Inquiry into the circumstances attending an outbreak of cholera in H. M.'s 18th Hussars at Secunderabad in the month of May
Year: 1871
Disease focus: Cholera
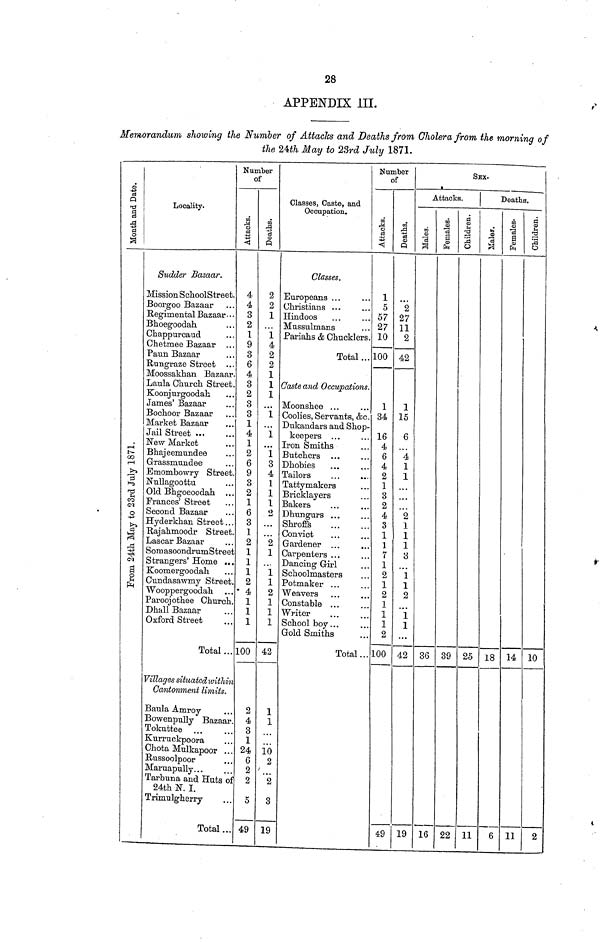
28
APPENDIX III.
Memorandum showing the Number of Attacles and Deaths from Cholera from the morning of
the 24th May to 23rd July 1871.
Month and Date.
Locality.
Sudder Bazaar.
Mission SchoolStreet
Boorgoo Bazaar
Regimental Bazaar
Bhoegoodah
Chappurcaud
Chatmee
Bazaar
Chetmee Bazaar
Paun Bazaar
Rungraze Street
Moossakhan Bazaar.
Laula Church Street.
Koonjurgoodah
James' Bazaar
Bochoor Bazaar
Market Bazaar
Jail Street
New Market
Bhajeemundee
Grassmundee
Emombowry Street.
Nullagoottu
Old Bhgoeoodah
Frances' Street
Second Bazaar
Hyderkhan Street
Rajahmoodr Street.
Lascar Bazaar
SomasoondrumStreet
Strangers' Home
Koomergoodah
Cundasawmy Street.
Wooppergoodah
Paroojothee Church
Dhall Bazaar
Oxford Street
Total
Villages situaiedwithin
Cantonment limits.
Baula Amroy
Bowenpully Bazaar
Tokuttee
Kurruckpoora
Chota Mulkapoor
Russoolpoor
Maruapully
Tarbnna and Huts o
24th N. I.
Trimulgherry
Total
Number
of
Attacks.
4
4
3
2
1
3
6
4
3
2
3
3
1
4
1
2
6
9
3
2
1
6
3
1
2
1
1
1
2
4
1
1
1
100
2
4
3
1
24
6
2
2
5
49
Deaths.
2
2
1
1
2
2
1
1
1
1
1
1
3
4
1
1
1
2
2
1
1
1
2
1
1
1
42
1
1
10
2
2
3
19
Classes, Caste, and
Occupation.
Classes.
Europeans
Christians
Hindoos
Mussulmans
Pariahs & Chucklers.
Total
Caste and Occupations.
Moonshee
Coolies, Servants, &c.
Dukandars and Shop-
keepers
Iron Smiths
Butchers
Dhobies
Tailors
Tatty makers
Bricklayers
Bakers
Dhungurs
Shroffs
Convict
Gardener
Carpenters
Dancing Girl
Schoolmasters
Potmaker
Weavers
Constable
Writer
School boy
Gold Smiths
Total
Number
of
Attacks.
1
5
57
27
10
100
1
34
16
4
6
4
2
1
3
2
4
3
1
1
7
1
2
1
2
1
1
1
2
100
49
Deaths.
2
27
11
2
42
1
15
6
4
1
1
2
1
1
1
3
1
1
2
1
1
42
19
SEX.
Attacks.
Males
36
16
Females
39
22
Children.
25
11
Deaths.
Males
18
6
Females.
14
11
Children
10
2